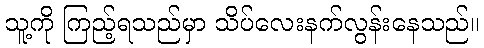
သူ့ကို ကြည့်ရသည်မှာ သိပ်လေးနက်လွန်းနေသည်။